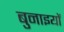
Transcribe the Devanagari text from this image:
बुनाइयों